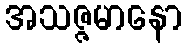
အသဇ္ဇမာနော